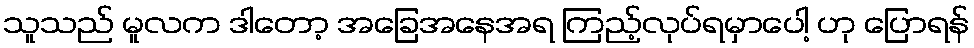
သူသည် မူလက ဒါတော့ အခြေအနေအရ ကြည့်လုပ်ရမှာပေါ့ ဟု ပြောရန်